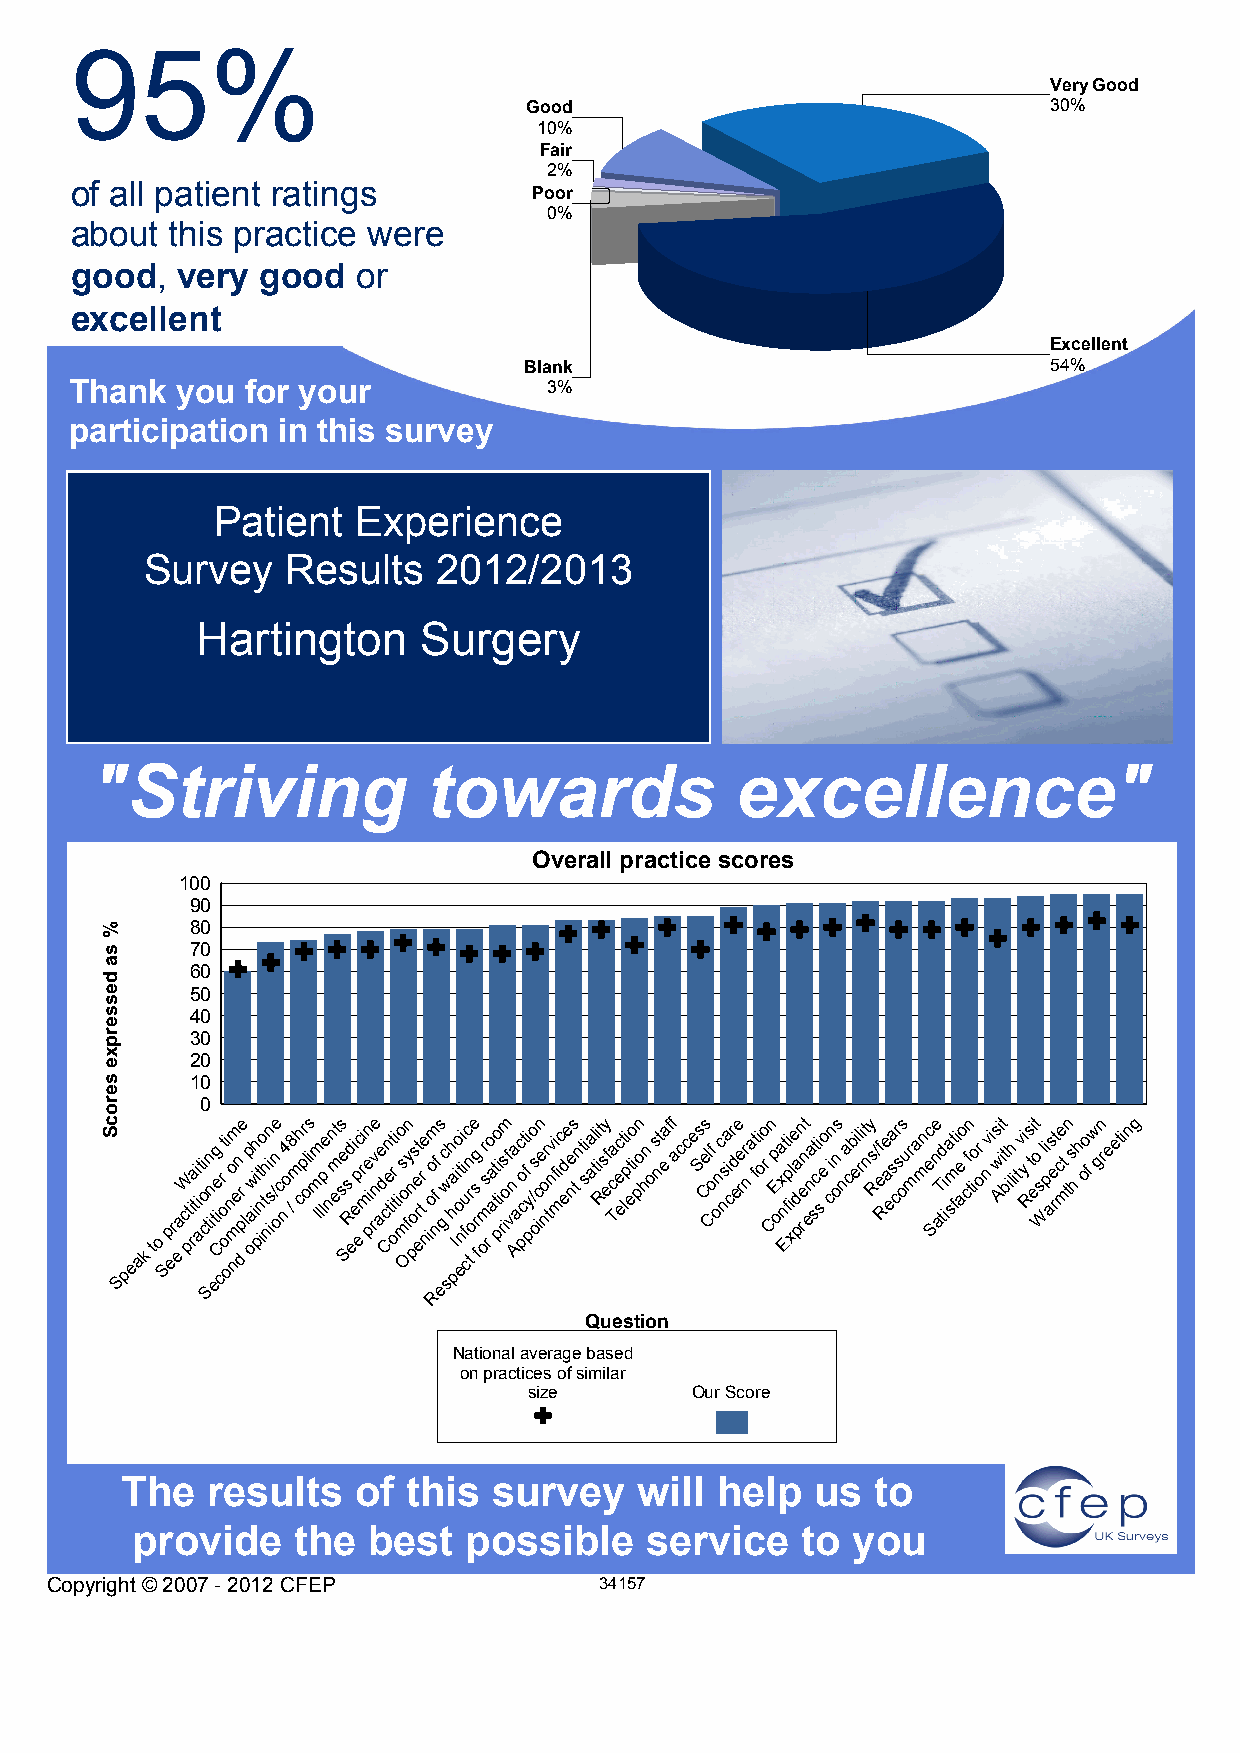
95%
 Very Good
 Good                               30%
 10%
 Fair
 2%
 of all patient ratings
 Poor
 0%
 about this practice were
 good,  very good   or
 excellent
 Excellent
 Blank                              54%
 Thank  you for your            3%
 participation in this survey
 Patient  Experience
 Survey   Results   2012/2013
 Hartington     Surgery
 "Striving             towards              excellence"
 Overall practice scores
 100
 90
 80
 70
 60
 50
 40
 30
 20
 10
 0
 Speak to
 Sp er ea
 cW pti ra ti i ati o
 c
 Stn in
 t
 eg ie
 C
 crt o
 o
 i ono nmm en dr
 p
 e lp oaw iih pt ino th nin is/ne
 o
 c n4 o /8 mh cr pl ois m Im llpe nn et m ss e Ss Rd ei ep ec ri m pe in rv ne ae d c Cn te it r oi t io s mo Ofn y n pos rt e etr e nioo Rfm nf es gc swh h pa Iio ot eni i fu cc n tr
 o
 e rsg
 f
 or ms ro a at to pi i ris om f vna
 A
 ac po ct fi py /o os icn e nor tnvi fi mc d ee e ns tn ti saal ti i Rt sy ef ca Tec et li pt eo i pn o hn os nt ea ff acce Ss Ces l Cf o onc nsia cr d ee rer n a fti oo r Cn p E oa x n Et fi p i xle d pa rn et n ena st ci se o i cn n os na cb eil rit ny s R/f e Re a ea s cr s os ur ma mn ec Sne aT td i ia st fmi aeo cfn tior o nv is w Ai it t bilh i tv yi Rs ti et o s Wli p as e rt ce t m tn s h h oo f w gn reeting
 Question
 National average based
 on practices of similar
 size       Our Score
 The   results   of this  survey   will help   us  to
 provide   the  best   possible    service   to you
 Copyright © 2007 - 2012 CFEP         34157 {s34157 poster}
 %
 sa
 desserpxe
 serocS